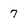
Character: 7